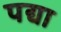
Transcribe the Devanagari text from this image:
पद्या